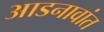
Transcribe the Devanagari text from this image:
आडनावांत